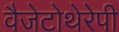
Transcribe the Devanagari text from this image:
वैजेटोथेरेपी